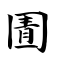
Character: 圊